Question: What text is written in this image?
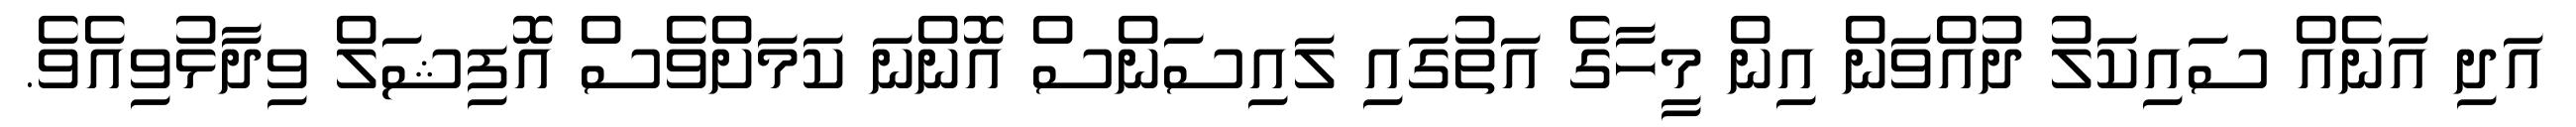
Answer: އަދި އަނެއް ސައިކަލު ދުއްވަން އިން މީހާގެ އަތުގައި ލައިސަންސް އޮންނަ ކަމަށްވެސް އޮފިޝަލް ވިދާޅުވިއެވެ.